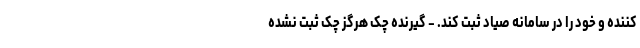
کننده و خود را در سامانه صیاد ثبت کند. - گیرنده چک هرگز چک ثبت نشده